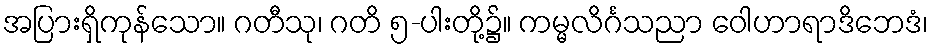
အပြားရှိကုန်သော။ ဂတီသု၊ ဂတိ ၅-ပါးတို့၌။ ကမ္မလိင်္ဂသညာ ဝေါဟာရာဒိဘေဒံ၊